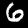
Digit: 6